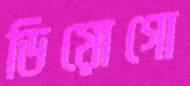
ডিয়োগো